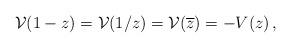
LaTeX: \begin{align*}{\cal V}(1-z)={\cal V}(1/z)={\cal V}(\overline{z})=-V(z)\,,\end{align*}